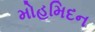
મોહમિદન